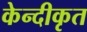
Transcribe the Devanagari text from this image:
केन्दीकृत